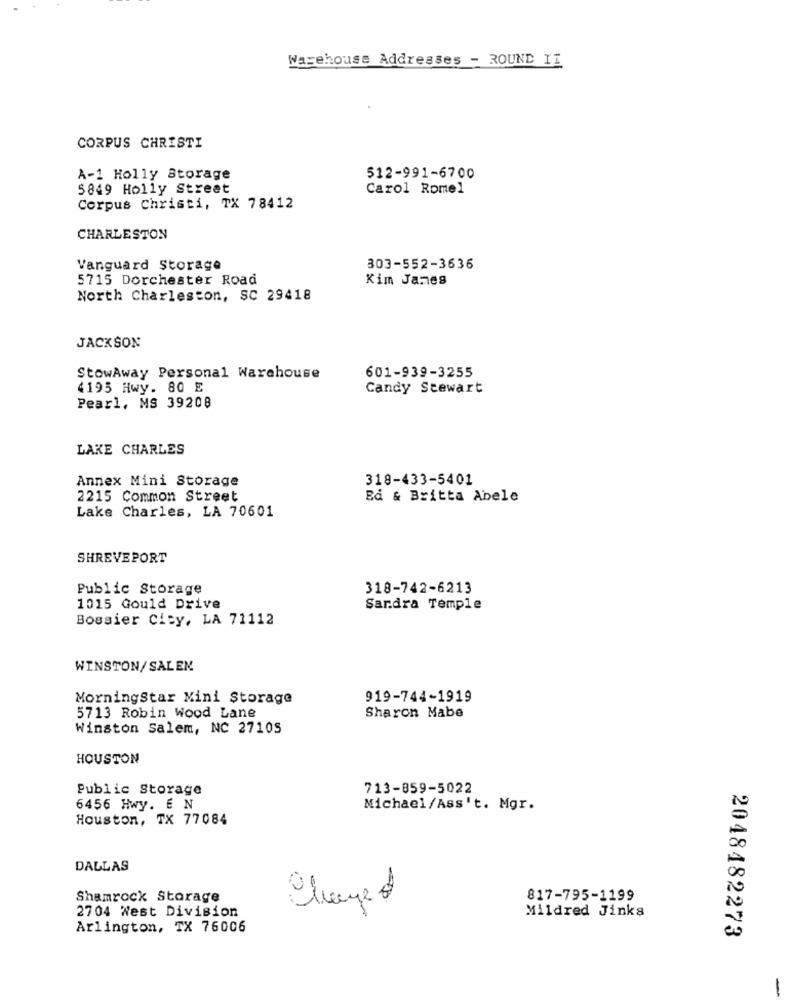
Warehouse Addresses - ROUND IT
CORPUS CHRISTI
A-1 Holly Storage
512-991-6700
5849 Holly Street
Carol Romel
Corpus Christi, TX 78412
CHARLESTON
Vanguard Storage
303-552-3636
5715 Dorchester Road
Kim James
North Charleston, SC 29418
JACKSON
StowAway Personal Warehouse
601-939-3255
4195 Hwy. 80 E
Candy Stewart
Pearl, MS 39208
LAKE CHARLES
Annex Mini Storage
318-433-5401
2215 Common Street
Bå & Britta Abele
Lake Charles, LA 70601
SHREVEPORT
Public Storage
318-742-6213
1015 Gould Drive
Sardra Temple
Bossier City, LA 71112
WINSTON/SALEN
MorningStar Mini Storage
919-744-1919
Sharon Mabe
5713 Robin Wood Lane
Winston Salem, NC 27105
HOUSTON
Public Storage
713-859-5022
6456 Hwy. E N
Michael/Ass't. Mgr.
Houston, TX 77084
DALLAS
Shamrock Storage
Changed
817-795-1199
Mildred Jinks
2704 West Division
Arlington, TX 76006
2048482273
-